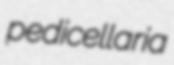
pedicellaria